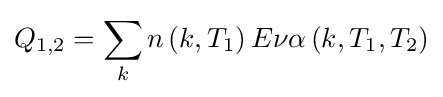
Q_{1,2}=\sum _{k}n\left(k,T_{1}\right)E\nu \alpha \left(k,T_{1},T_{2}\right)